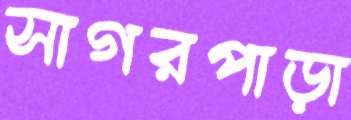
সাগরপাড়া